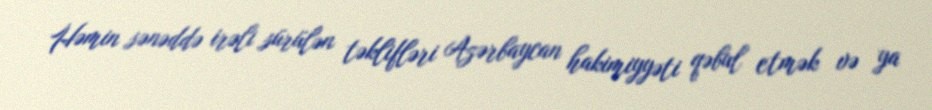
Həmin sənəddə irəli sürülən təklifləri Azərbaycan hakimiyyəti qəbul etmək və ya